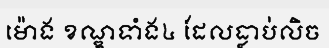
ម៉ោង ខណ្ឌទាំង៤ ដែលធ្លាប់លិច